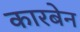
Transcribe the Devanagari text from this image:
कारबेन